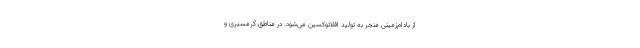
از بادام‌زمینی منجر به تولید افلاتوکسین می‌شود. در مناطق گرمسیری و